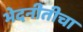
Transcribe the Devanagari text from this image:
भेदनीतीचा